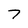
Character: 7